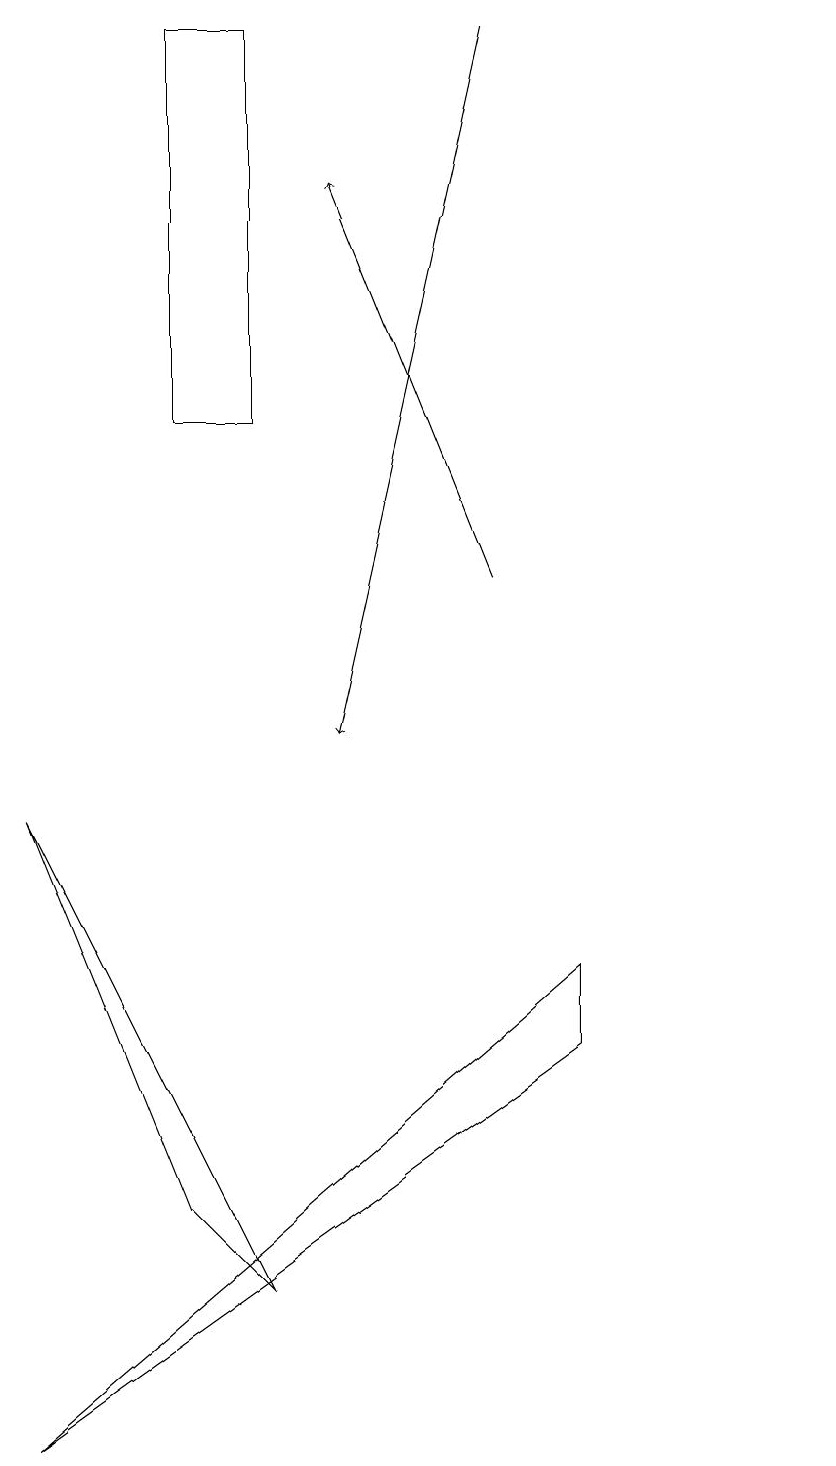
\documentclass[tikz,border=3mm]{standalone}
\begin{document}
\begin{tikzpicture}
\draw (7,6) -- (0,1) -- (7,7) -- cycle;
\draw (10,11) circle (0);
\draw[->] (6,19) -- (4,10);
\draw (2,4) -- (3,3) -- (0,9) -- cycle;
\draw (2,19) rectangle (3,14);
\draw[->] (6,12) -- (4,17);
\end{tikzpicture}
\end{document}